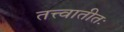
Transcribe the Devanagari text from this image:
तत्त्वातीतः